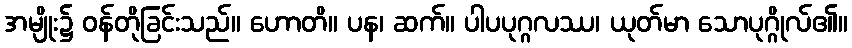
အမျိုး၌ ဝန်တိုခြင်းသည်။ ဟောတိ။ ပန၊ ဆက်။ ပါပပုဂ္ဂလဿ၊ ယုတ်မာ သောပုဂ္ဂိုလ်၏။